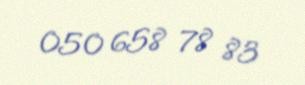
050 658 78 83